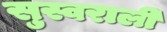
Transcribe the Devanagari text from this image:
सुस्वराली